Civil Veterinary Dept. Bombay admin report 1893-99 - 1893-1899
Year: 1893
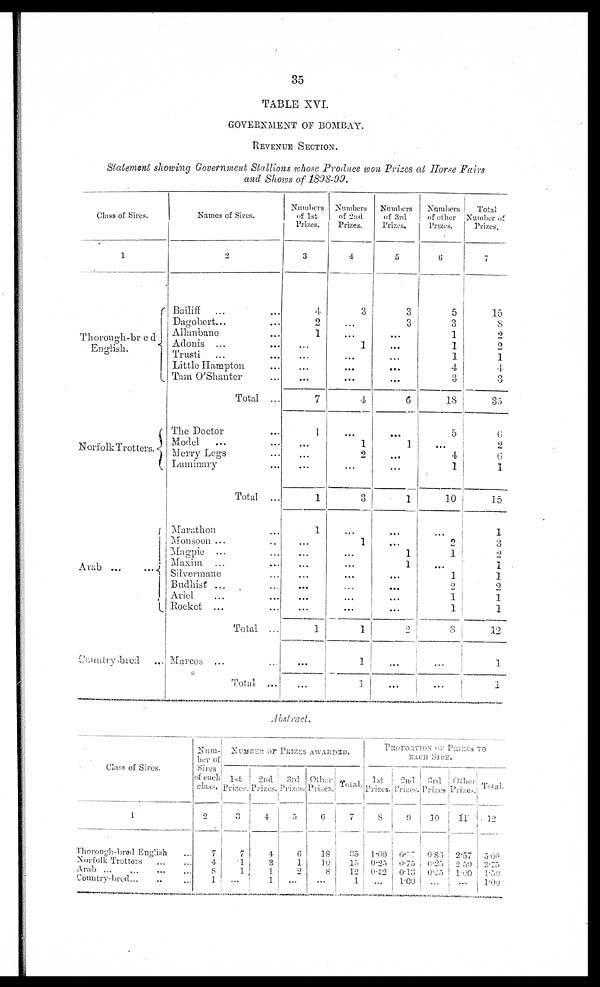
35
TABLE XVI.
GOVERNMENT OF BOMBAY
REVENUE SECTION.
Statement showing Government Stallions whose Produce won Prizes at Horse Fairs
and Shows of 1898-99.
Class of Sires.
1
Thorough-bred
English.
Norfolk Trotters.
Arab
...
...
Country-bred ...
Names of Sires.
2
Bailiff
... ...
Dagobert... ...
Allanbane ...
Adonis ... ...
Trusti ... ...
Little Hampton
Tam Q'Shanter ...
Total ...
The Doctor ...
Model ... ...
Merry Legs ...
Luminary
Total
...
Marathon ...
Monsoon ... ..
Magpie ... ...
Maxim ... ...
Silvermane ...
Budhist ... ...
Ariel ... ...
Rocket ... ...
Total ...
Marcos ... ...
Total ...
Numbers
of 1st
Prizes.
3
4
2
1
...
...
...
...
7
1
...
...
...
1
1
...
...
...
...
...
...
...
1
...
...
Numbers
of 2nd
Prizes.
4
3
...
...
1
...
...
...
4
...
1
2
...
3
...
1
...
...
...
...
...
...
1
1
1
Numbers
of 3rd
Prizes.
5
3
3
...
...
...
...
...
6
...
1
...
...
1
...
...
1
1
...
...
...
...
2
...
...
Numbers
of other
Prizes.
6
5
3
1
1
1
4
3
18
5
... 4
1
10
...
2
1
...
1
2
1
1
8
...
...
Total
Number of
Prizes.
7
15
8
2
2
1
4
3
35
6
2
6
1
15
1
3
2
1
1
2
1
1
12
1
1
Abstract.
Class of Sires.
1
Thorough-bred English ...
Norfolk Trotters
...
...
Arab
...
...
...
...
Country-bred ... .. ...
Num-
ber of
Sires
of each
class.
2
7
4
8
1
NUMBER OF PRIZES AWARDED.
1st
Prizes.
3
7
1
1
...
2nd
Prizes.
4
4
3
1
1
3rd
Prizes.
5
6
1
2
...
Other
Prizes.
6
18
10
8
...
Total.
7
35
15
12
1
PROPORTION OF PRIZES TO
EACH SIRR.
1st
Prizes.
8
1.00
0.25
0.12
...
2nd
Prizes.
9
0.57
0.75
0.13
1.00
3rd
Prizes
10
0.86
0.25
0.25
...
Other
Prizes.
11
2.57
2 50
100
...
Total.
12
5.00
3.75
1.50
1.00